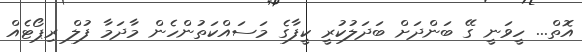
އޮތް... ހީވަނީ ގޭ ބަންދަށް ބަދަލުކުރީ ކީފާގެ މަސައްކަތުންހެން މާދަމާ ފުލް ރިޕޯޓެއް